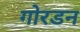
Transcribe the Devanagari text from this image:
गोरडन